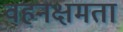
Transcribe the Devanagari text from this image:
वहनक्षमता